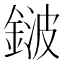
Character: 𨨏